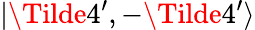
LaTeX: |\Tilde{4^{\prime}},-\Tilde{4^{\prime}}\rangle